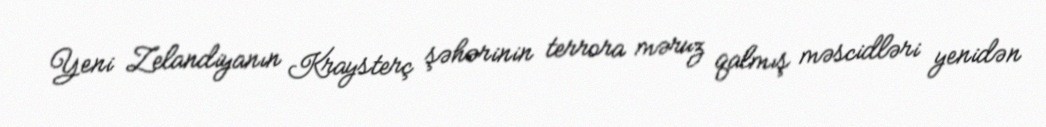
Yeni Zelandiyanın Kraysterç şəhərinin terrora məruz qalmış məscidləri yenidən